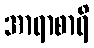
အာရာစာရိ